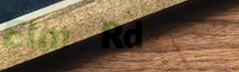
Elm Rd